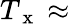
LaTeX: T_{\mathrm{~x~}}\approx